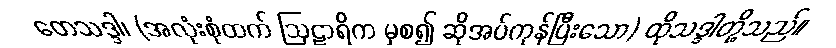
တေသဒ္ဒါ၊ (အလုံးစုံထက် ဩဠာရိက မှစ၍ ဆိုအပ်ကုန်ပြီးသော) ထိုသဒ္ဒါတို့သည်။